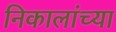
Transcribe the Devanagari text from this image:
निकालांच्या